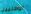
الوطنيين